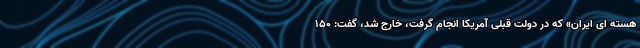
هسته ای ایران» که در دولت قبلی آمریکا انجام گرفت، خارج شد، گفت: ۱۵۰